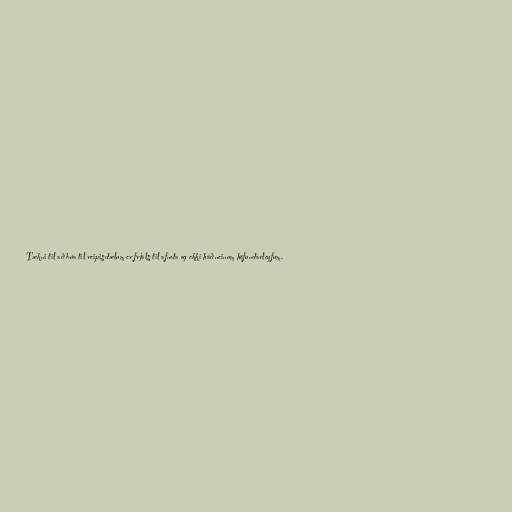
Tækni til að búa til reipisdælum er frjáls til afnota og ekki háð neinum höfundarleyfum.